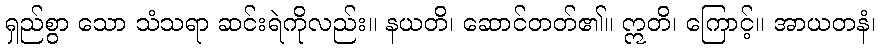
ရှည်စွာ သော သံသရာ ဆင်းရဲကိုလည်း။ နယတိ၊ ဆောင်တတ်၏။ ဣတိ၊ ကြောင့်။ အာယတနံ၊